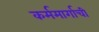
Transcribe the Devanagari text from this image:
कर्ममार्गाची